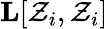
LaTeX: \mathbf{L}[\mathcal{Z}_{i},\mathcal{Z}_{i}]